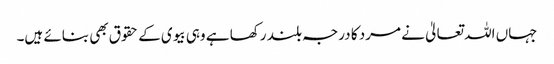
جہاں اللہ تعالیٰ نے مرد کا درجہ بلند رکھا ہے وہی بیوی کے حقوق بھی بنائے ہیں۔